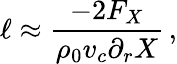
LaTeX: \ell\approx\frac{-2F_{X}}{\rho_{0}v_{c}\partial_{r}X}\, ,